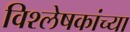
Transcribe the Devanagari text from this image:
विश्लेषकांच्या